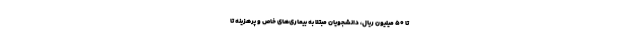
تا ۵۰ میلیون ریال، دانشجویان مبتلا به بیماری‌های خاص و پرهزینه تا